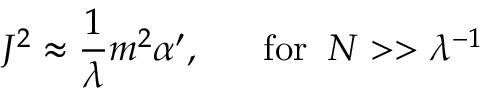
J ^ { 2 } \approx \frac { 1 } { \lambda } m ^ { 2 } \alpha ^ { \prime } , \; \; \; \; \; \; \mathrm { f o r } \; \; N > > \lambda ^ { - 1 }